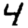
Digit: 4